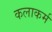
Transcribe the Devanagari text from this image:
कलाकर्म